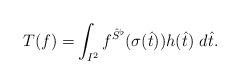
LaTeX: \begin{align*}T(f) =& \int_{I^2} f^{\hat{S}^\flat}(\sigma(\hat{t}))h(\hat{t})\ d\hat{t}.\end{align*}